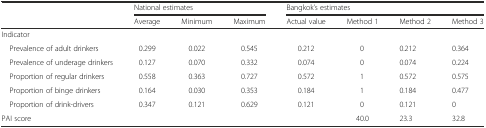
| <ROWSPAN=2>  | <COLSPAN=3> National estimates | <COLSPAN=4> Bangkok’s estimates |
 | Average | Minimum | Maximum | Actual value | Method 1 | Method 2 | Method 3 |
 | --- | --- | --- | --- | --- | --- | --- | --- |
 | <COLSPAN=8> Indicator |
 | Prevalence of adult drinkers | 0.299 | 0.022 | 0.545 | 0.212 | 0 | 0.212 | 0.364 |
 | Prevalence of underage drinkers | 0.127 | 0.070 | 0.332 | 0.074 | 0 | 0.074 | 0.224 |
 | Proportion of regular drinkers | 0.558 | 0.363 | 0.727 | 0.572 | 1 | 0.572 | 0.575 |
 | Proportion of binge drinkers | 0.164 | 0.030 | 0.353 | 0.184 | 1 | 0.184 | 0.477 |
 | Proportion of drink-drivers | 0.347 | 0.121 | 0.629 | 0.121 | 0 | 0.121 | 0 |
 | PAI score |  |  |  |  | 40.0 | 23.3 | 32.8 |